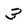
Character: 3